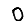
Digit: 0